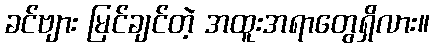
ခင်ဗျား မြင်ချင်တဲ့ အထူးအရာတွေရှိလား။